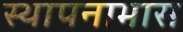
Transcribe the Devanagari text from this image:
स्थापनाभास